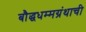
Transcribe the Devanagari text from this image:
बौद्धधम्मग्रंथाची